Leaving Certificate Examination (including Day School Certificate (Higher) General paper), 1937
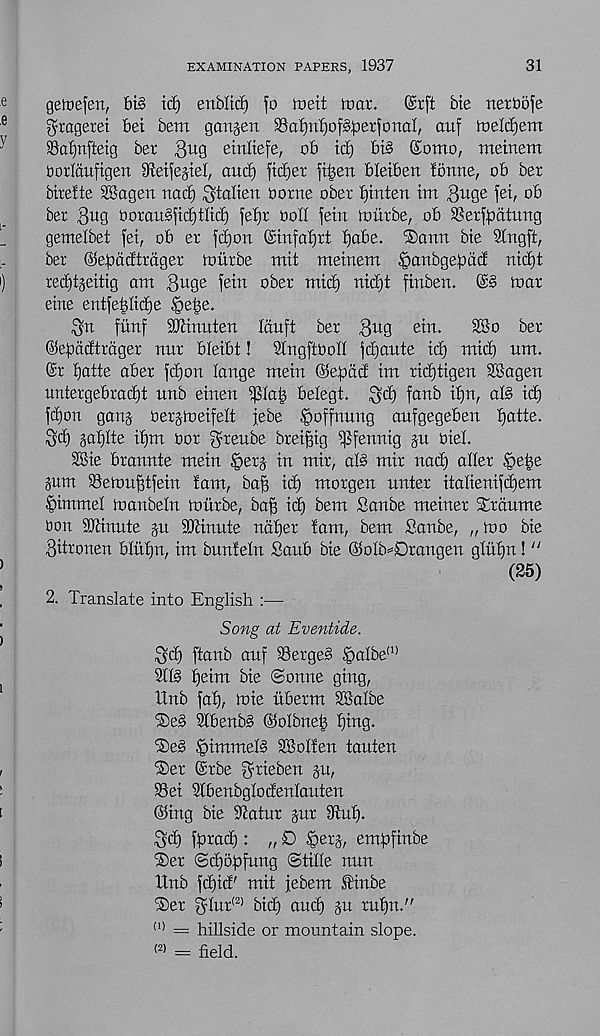
EXAMINATION PAPERS, 1937
31
geiuejen,
id) enbltd) fo loeit tear.
Gsrft bte nerboje
gragecet bet bem ganjen 33at)tx^of^erfonoI, auf meldjem
S5ai)nfteig ber 3 U 9 einliefe, ob id) big Some, meinem
borl&itfigert iReifejiel, aud) fitter fi|en bleiben ionrte, ob ber
bireite SBagen nad) ^talien borne ober f)inten im 3 u 0 e jet, ob
ber gug borangfidjtlid) jefjr bod fein tour be, ob SSerfpdtung
gemelbet fei, ob er fd)on @in[af)rt fjabe. ®ann bie Slngft,
ber ©ebadtrdger toiirbe mit meinem §anbgepdd nid)t
red)tseitig am |]uge fein ober mid) nid)t finben. ©§ mar
eine entfeididje §ei3e.
^n fitnf Mnuten Iduft ber g^g ein.
3®o ber
©efiddtrdger nur bleibt! Stngftbod fd)aute id) mid) um.
@t ijatte aber fd)on lange mein ©epdd im rid)tigen SBagen
untergebradit unb einen Pa|) belegt. ^d) fanb i£)n, aB id)
id on gang- berjloeifett jebe §offnung aufgegeben Ijatte.
Sd) galjlte ifjm bor greube breiftig pfennig §u biel.
SBie brannte mein §erj in mir, aB mir nad) ader §e|e
pm ©ebmftfein iam, bag id) morgen unter itadenifd)em
fiimmel toanbeln mitrbe, baft id) bem Sanbe meiner Strdume
bon Minute ju SJdnute ndfjer !am, bem Sanbe, „ too bie
3itronen bdtfm, im bunieln Saub bte ©olb=0rangen gdtijn! “
(25)
2. Translate into English :—
Song at Eventide.
$d) ftanb auf i8ergeg palbe (1)
91B £)eim bie (Sonne ging,
Hub fat), tote itberm dBalbe
®e§ Slbenbs ©olbneb fjing.
®e§ §immeB SBoden tauten
®er @rbe f^rieben pt,
99ei Slbenbglodenlauten
@iug bie Tcatur jur 9tuf).
Sd) fprad): „ D |>erj, empfinbe
iSer @d)bpfung ©tide nun
Hub fd)id' mit jebem £'inbe
T)er ^lur 12 ’ bid) aud) p rut)n."
(1) = hillside or mountain slope.
(2 > = held.